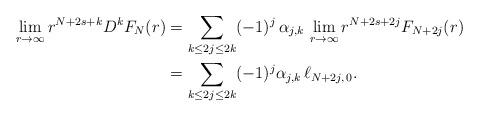
LaTeX: \begin{align*}\lim_{r\to\infty}r^{N+2s+k}D^k F_N(r) &= \sum_{k \le 2j \le 2k} (-1)^j \,\alpha_{j,k}\,\lim_{r\to\infty}r^{N+2s+2j}F_{N+2j}(r) \\&= \sum_{k \le 2j \le 2k} (-1)^j \alpha_{j,k} \, \ell_{N+2j, \, 0}.\end{align*}